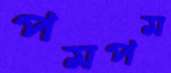
পমপম